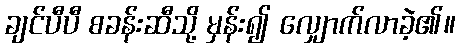
ချင်ပီပီ စခန်းဆီသို့ မှန်း၍ လျှောက်လာခဲ့၏။